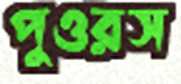
পুওরস